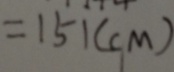
= 1 5 1 ( c m )